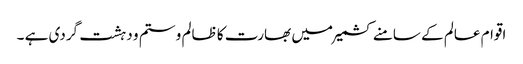
اقوام عالم کے سامنے کشمیر میں بھارت کا ظالم و ستم و دہشت گردی ہے ۔